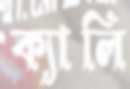
ক্যালি